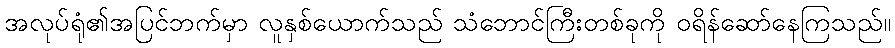
အလုပ်ရုံ၏အပြင်ဘက်မှာ လူနှစ်ယောက်သည် သံဘောင်ကြီးတစ်ခုကို ဝရိန်ဆော်နေကြသည်။